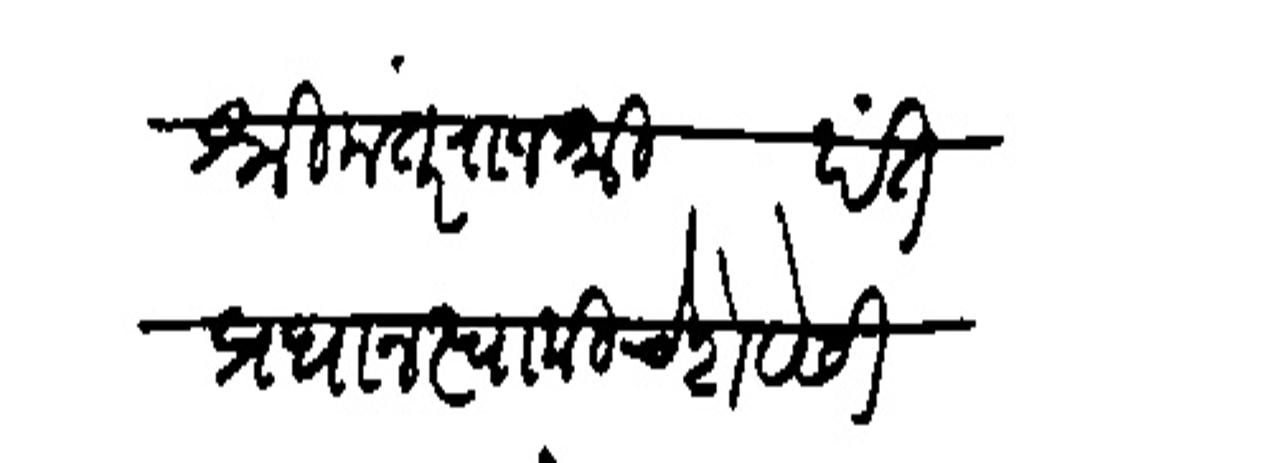
Transliteration (Devanagari): श्रीमंत राजश्री पंतप्रधान स्वामीचे शेवेसी